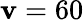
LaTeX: \mathbf{v}=60